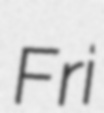
Fri